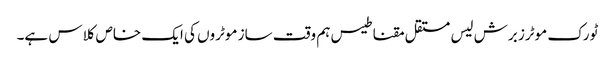
ٹورک موٹرز برش لیس مستقل مقناطیس ہم وقت ساز موٹروں کی ایک خاص کلاس ہے۔